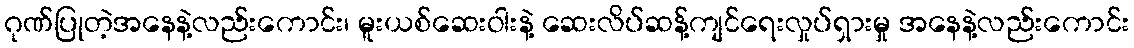
ဂုဏ်ပြုတဲ့အနေနဲ့လည်းကောင်း၊ မူးယစ်ဆေးဝါးနဲ့ ဆေးလိပ်ဆန့်ကျင်ရေးလှုပ်ရှားမှု အနေနဲ့လည်းကောင်း